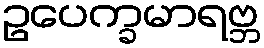
ဥပေက္ခမာရဗ္ဘ